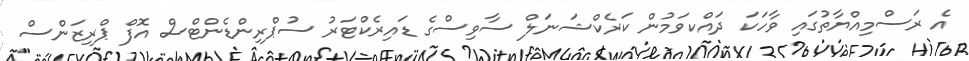
އެ ރަސްމިއްޔާތުގައި ވާހަކަ ދައްކވަމުން ކަރެކްޝަނަލް ސާވިސްގެ ޑައިރެކްޓަރު ސުޕްރިންޑެންޓްސް އޮފް ޕްރިޒަންސް